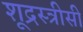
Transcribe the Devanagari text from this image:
शूद्रस्त्रीसी